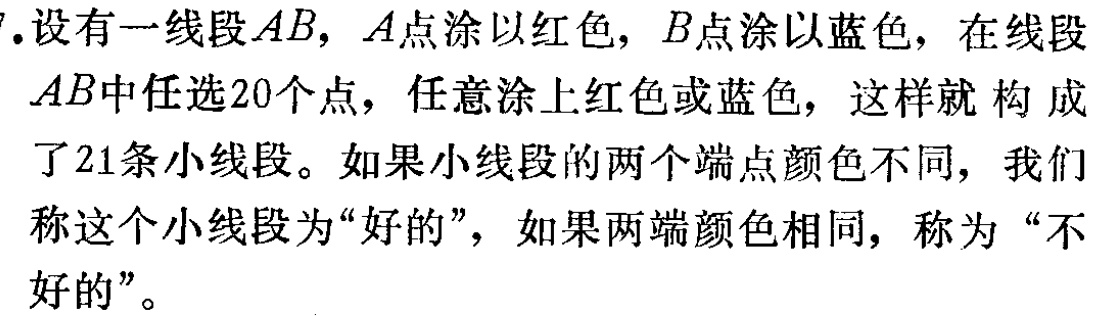
7. 设有一线段\(AB\)，\(A\)点涂以红色，\(B\)点涂以蓝色，在线段\(AB\)中任选\(20\)个点，任意涂上红色或蓝色，这样就构成了\(21\)条小线段。如果小线段的两个端点颜色不同，我们称这个小线段为“好的”，如果两端颜色相同，称为“不好的”。